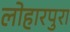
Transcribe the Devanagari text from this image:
लोहारपुरा